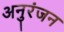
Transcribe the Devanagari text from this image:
अनुरंजन